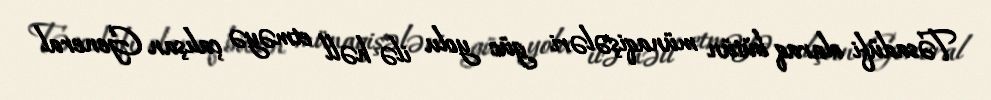
Təsadüfi olaraq bütün münaqişələri güc yolu ilə həll etməyə çalışan General